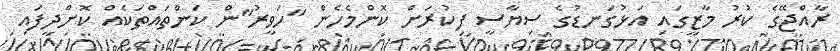
ރާއްޖޭގެ ކުރު މާޒީގައި އަޅުގަނޑުގެ ސިޔާސީ ފިކުރަށް ކޮންމެހެން "ހަވީރު"ން ކަންތައްތަކެއް ކޮށްދީފައި